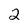
Character: 2